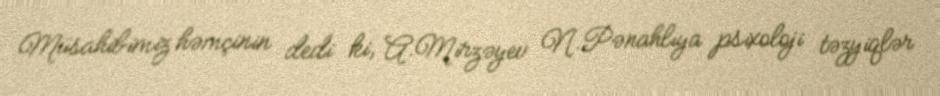
Müsahibimiz həmçinin dedi ki, A.Mirzəyev N.Pənahlıya psixoloji təzyiqlər